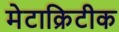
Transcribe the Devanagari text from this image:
मेटाक्रिटीक